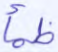
ظمأ